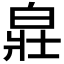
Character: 𤽸